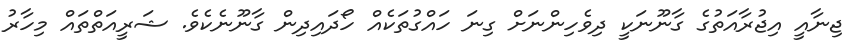
ޖިނާއީ އިޖުރާއަތުގެ ގާނޫނަކީ ދިވެހިންނަށް ގިނަ ހައްގުތަކެއް ހޯދައިދިން ގާނޫނެކެވެ. ޝަރީއަތްތައް މިހާރު